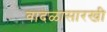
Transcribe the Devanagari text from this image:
वादळासारखी